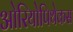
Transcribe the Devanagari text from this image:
ओरियोपिथेकस